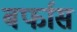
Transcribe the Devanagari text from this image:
बर्फास